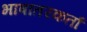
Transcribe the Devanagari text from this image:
भाषांतरकर्ता